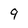
Character: 9